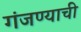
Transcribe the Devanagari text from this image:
गंजण्याची